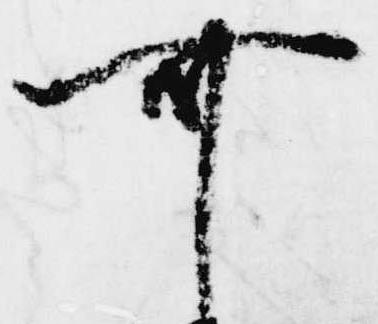
可